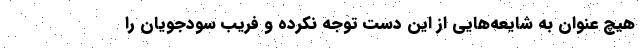
هیچ عنوان به شایعه‌هایی از این دست توجه نکرده و فریب سودجویان را